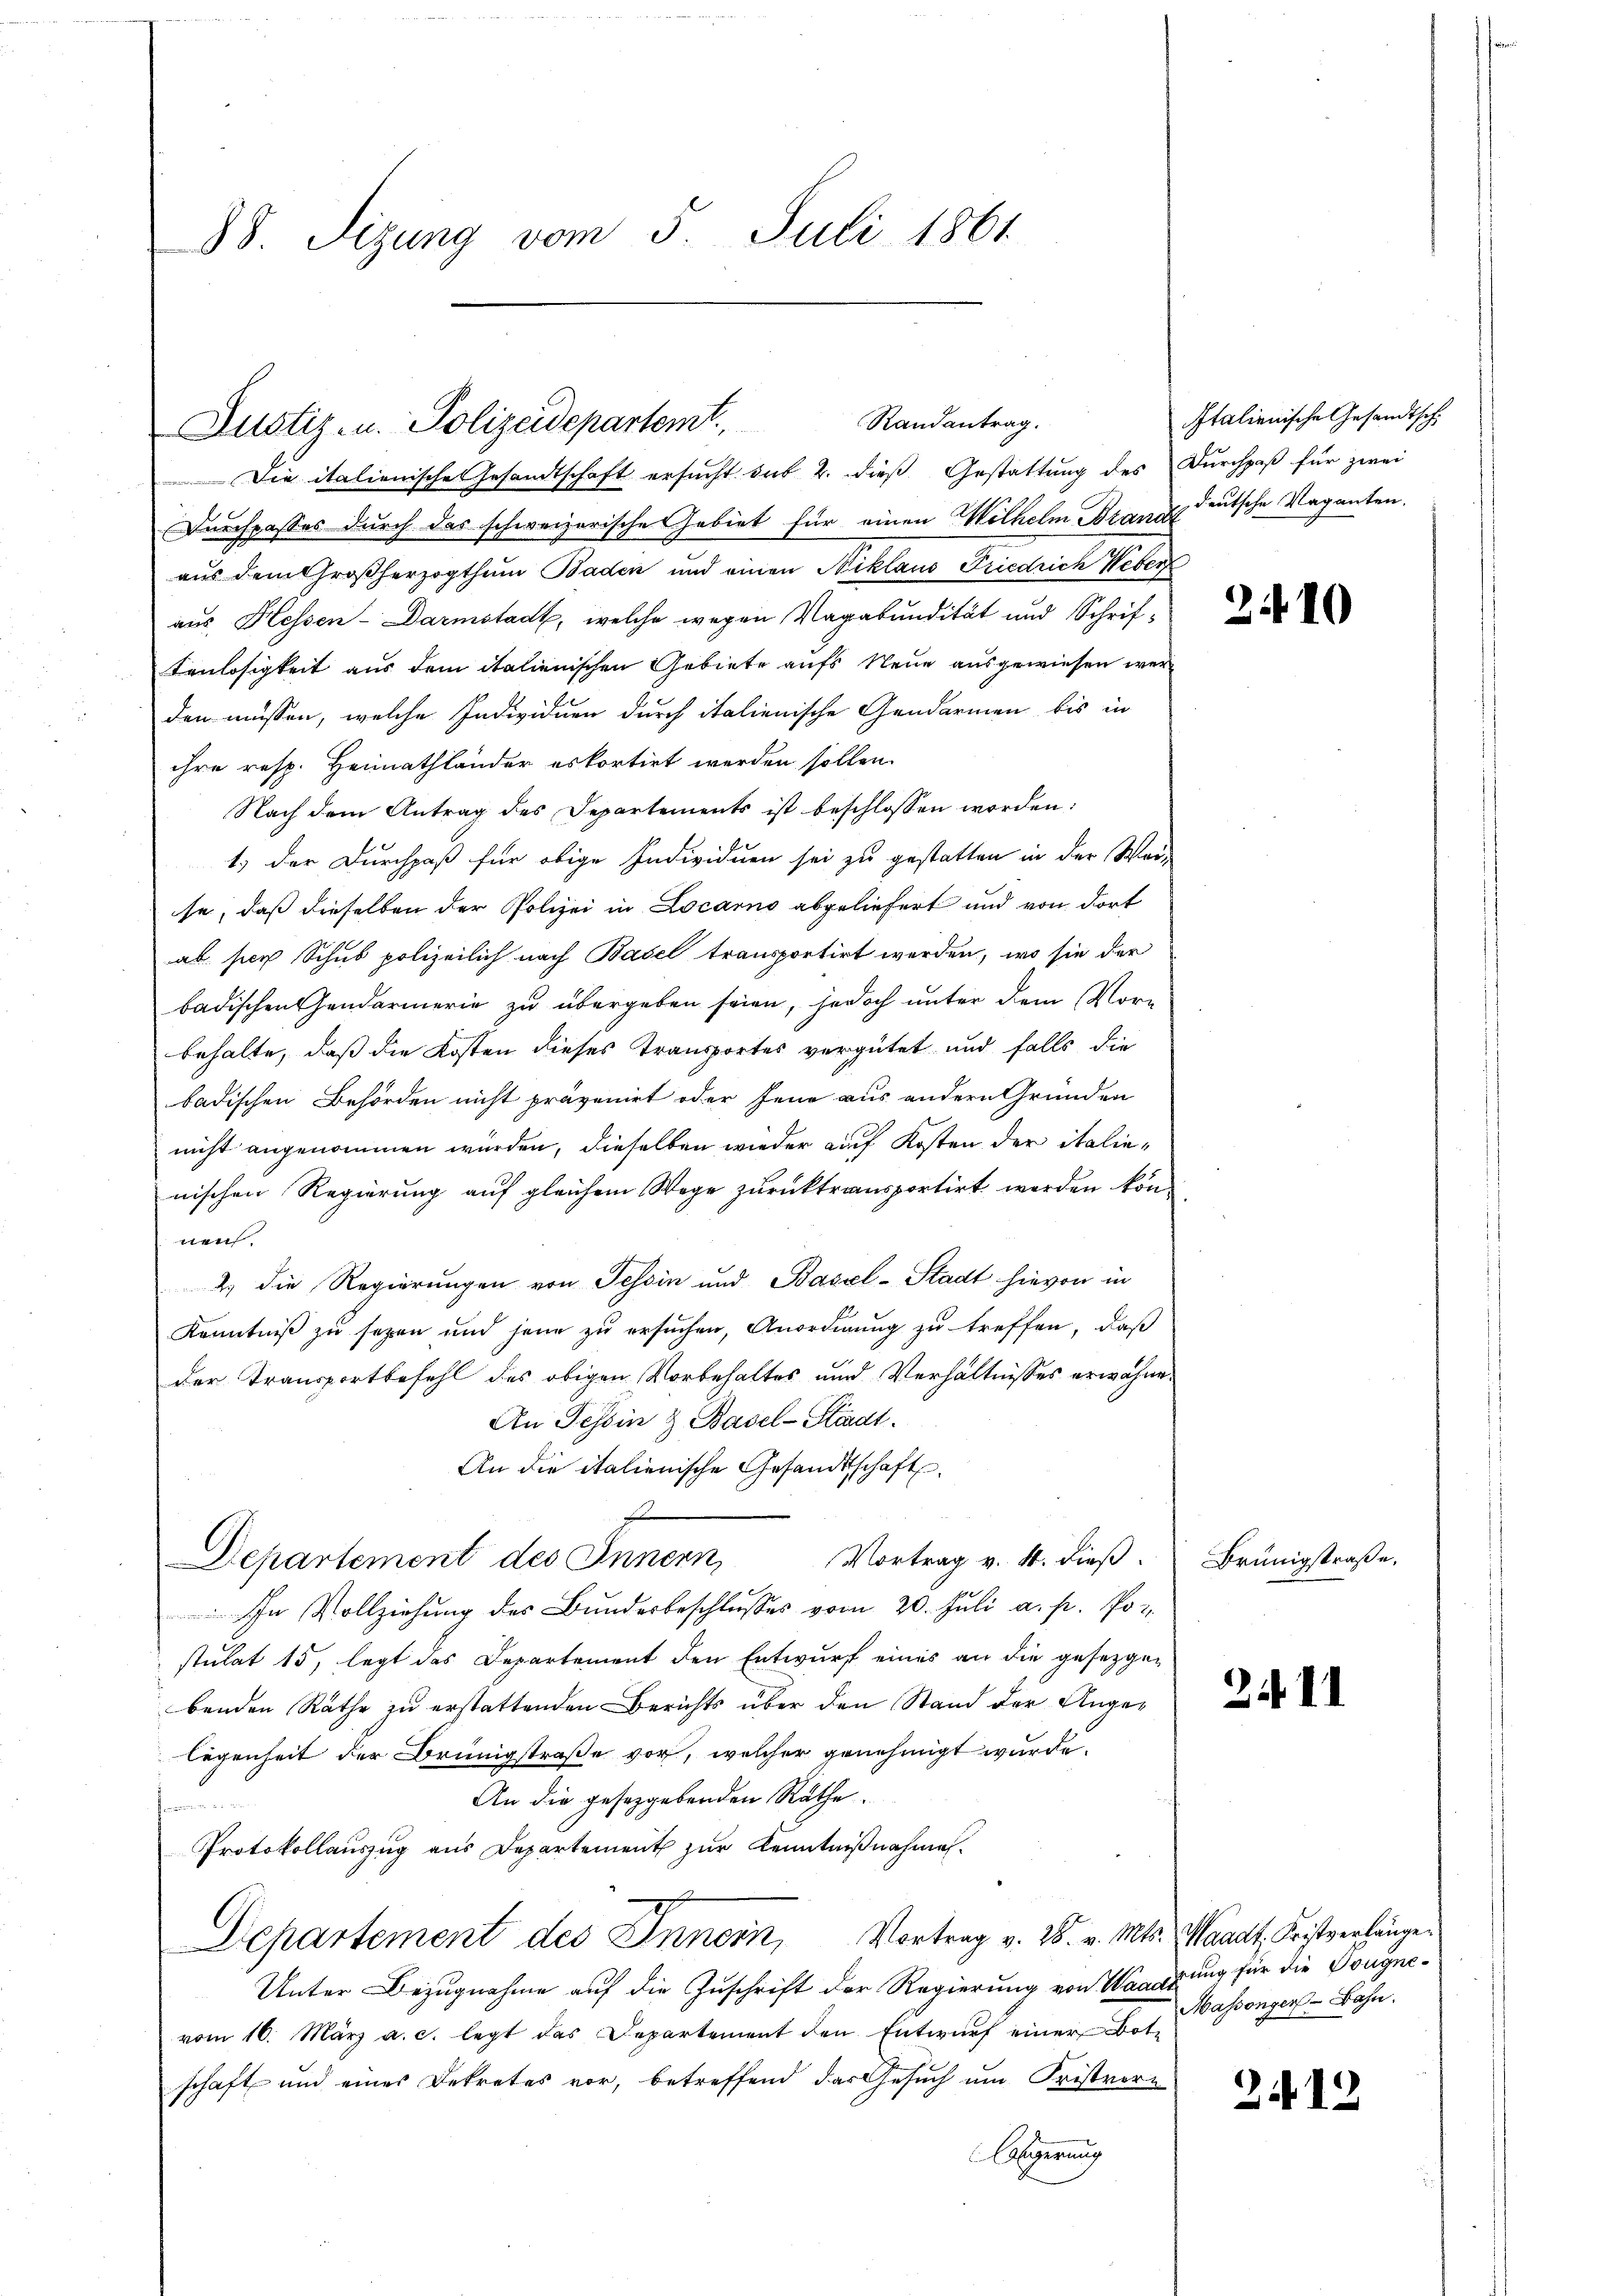
88. Sizung vom 5. Juli 1861

Justiz- u. Polizeidepartemt.

Randantrag.

Die italienische Gesandtschaft ersucht sub 2. dieß Gestattung des Durchpaß für zwei
Durchpasses durch das schweizerische Gebiet für einen Wilhelm Brandeutsche Vaganten.
aus dem Großherzogthum Baden und einen Niklaus Friedrich Weber
aus, Hessen-Darmstadt, welche wegen Vagabundität und Schrif¬
Eenlosigkeit aus dem italienischen Gebiete aufs Neue ausgewiesen werden müssen, welche Individuen durch italienische Gendarmen bis in
ihre resp. Heimathländer erkortirt werden sollen.
Nach dem Antrag des Departements ist beschlossen worden:
1) der Durchpaß für obige Individuen sei zu gestatten in der War-
se, daß dieselben der Polizei in Locarno abgeliefert und von dort
ab sich Schub polizeilich nach Basel transportirt werden, wo sie der
badischen Handarmerie zu übergeben seien, jedoch unter dem Vorbehalte, daß die Kosten dieses Transportes vergütet und falls die
badischen Behörden nicht prävenirt oder Jene aus andern Gründen
nicht angenommen würden, dieselben wieder auf Kosten der italienischen Regierung auf gleichem Wege zurücktransportirt werden kön-
nen.
2 die Regierungen von Tessin und Basel-Stadt hievon in
Kenntniß zu sezen und jene zu ersuchen, Anordnung zu treffen, daß
der Transportbefehl des obigen Vorbehaltes und Verhältnisses erwähnen
An Tessin & Basel-Stadt.
An die italienische Gesandtschaft
Vortrag v. 4. dieß. Brünigstraße,
Departement des Innern,
In Vollziehŭng des Bŭndesbeschlŭsses vom 20. Jŭli a. p. Pot
stulat 15, legt das Departement den Entwurf eines an die gesetzgebenden Räthe zu erstattenden Berichts über den Stand der Angelegenheit der Brüngstraße vor, welcher genehmigt wurde.
An die gesetzgebenden Räthe.
trun
Protokollauszug aus Departement zur Kenntnißnahmen.
Departement des Innern, Vortrag v. 28. v. Mts. Waadt, Fristverlänge
Unter Bezugnahme auf die Zuschrift der Regierung von Wanderung für die Dougnevom 16. März a. c. legt das Departement den Entwurf einer Botschaft und eines Dekretes vor, betreffend das Gesuch um Fristvor-
Algerung

Italienische Gesandtsch

2410

2. II

Massenger-Bahn.

2419